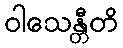
ဝါသေန္တီတိ